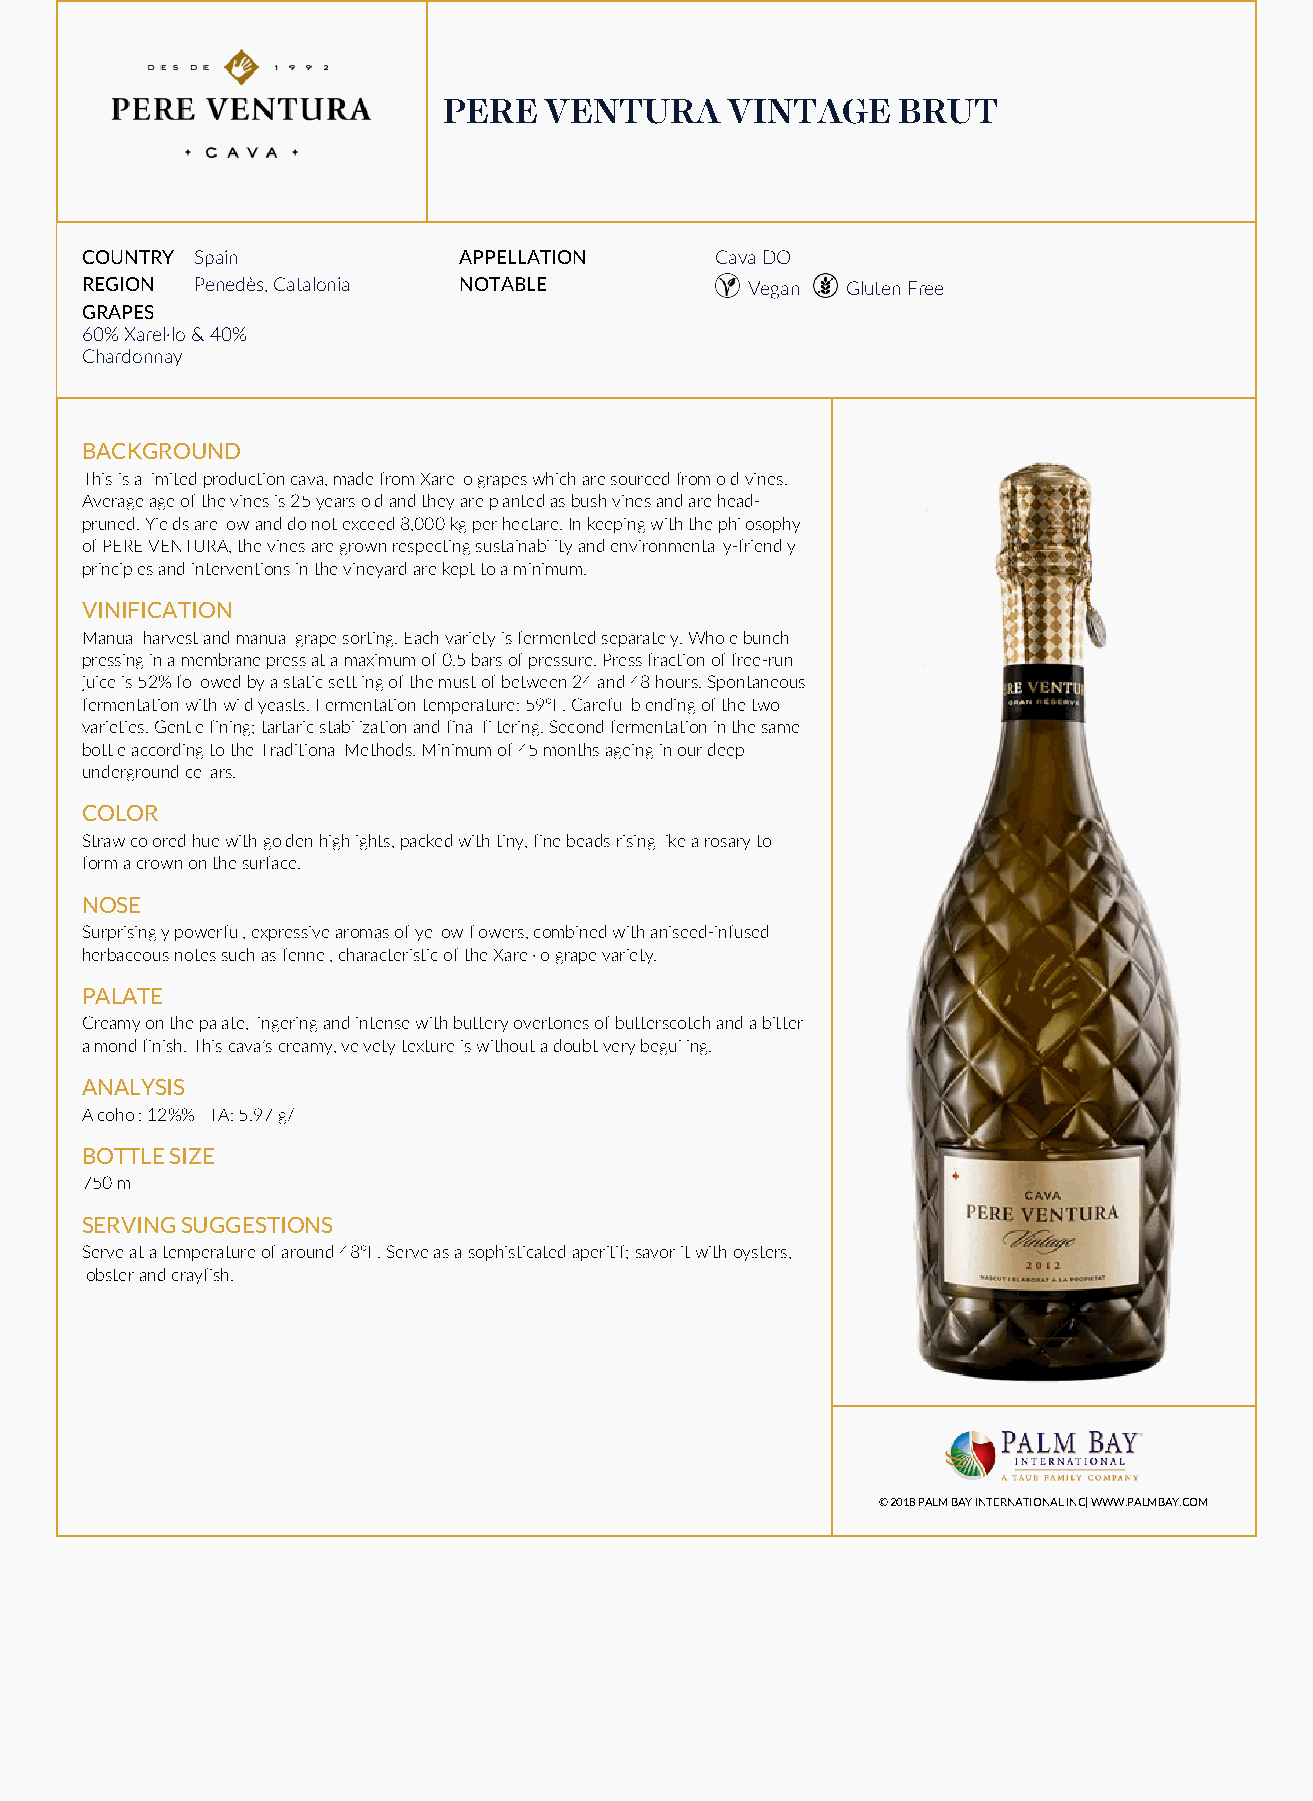
PERE   VENTURA     VINTAGE    BRUT
 COUNTRY Spain            APPELLATION      Cava DO
 REGION  Penedès, Catalonia NOTABLE          Vegan  Gluten Free
 GRAPES
 60% Xarel·lo & 40%
 Chardonnay
 BACKGROUND
 This is a limited production cava, made from Xarello grapes which are sourced from old vines.
 Average age of the vines is 25 years old and they are planted as bush vines and are head-
 pruned. Yields are low and do not exceed 8,000 kg per hectare. In keeping with the philosophy
 of PERE VENTURA, the vines are grown respecting sustainability and environmentally-friendly
 principles and interventions in the vineyard are kept to a minimum.
 VINIFICATION
 Manual harvest and manual grape sorting. Each variety is fermented separately. Whole bunch
 pressing in a membrane press at a maximum of 0.5 bars of pressure. Press fraction of free-run
 juice is 52% followed by a static settling of the must of between 24 and 48 hours. Spontaneous
 fermentation with wild yeasts. Fermentation temperature: 59°F. Careful blending of the two
 varieties. Gentle fining; tartaric stabilization and final filtering. Second fermentation in the same
 bottle according to the Traditional Methods. Minimum of 45 months ageing in our deep
 underground cellars.
 COLOR
 Straw colored hue with golden highlights, packed with tiny, fine beads rising like a rosary to
 form a crown on the surface.
 NOSE
 Surprisingly powerful, expressive aromas of yellow flowers, combined with aniseed-infused
 herbaceous notes such as fennel, characteristic of the Xarel·lo grape variety.
 PALATE
 Creamy on the palate, lingering and intense with buttery overtones of butterscotch and a bitter
 almond finish. This cava’s creamy, velvety texture is without a doubt very beguiling.
 ANALYSIS
 Alcohol: 12%% TA: 5.97 g/l
 BOTTLE SIZE
 750 ml
 SERVING SUGGESTIONS
 Serve at a temperature of around 48°F. Serve as a sophisticated aperitif; savor it with oysters,
 lobster and crayfish.
 © 2018 PALM BAY INTERNATIONAL INC | WWW.PALMBAY.COM